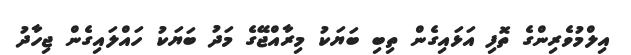
އިލްމުވެރިންގެ ތޮފި އަޅައިގެން ތިބި ބަޔަކު މިރާއްޖޭގެ މަދު ބަޔަކު ހައްލައިގެން ޖިހާދު